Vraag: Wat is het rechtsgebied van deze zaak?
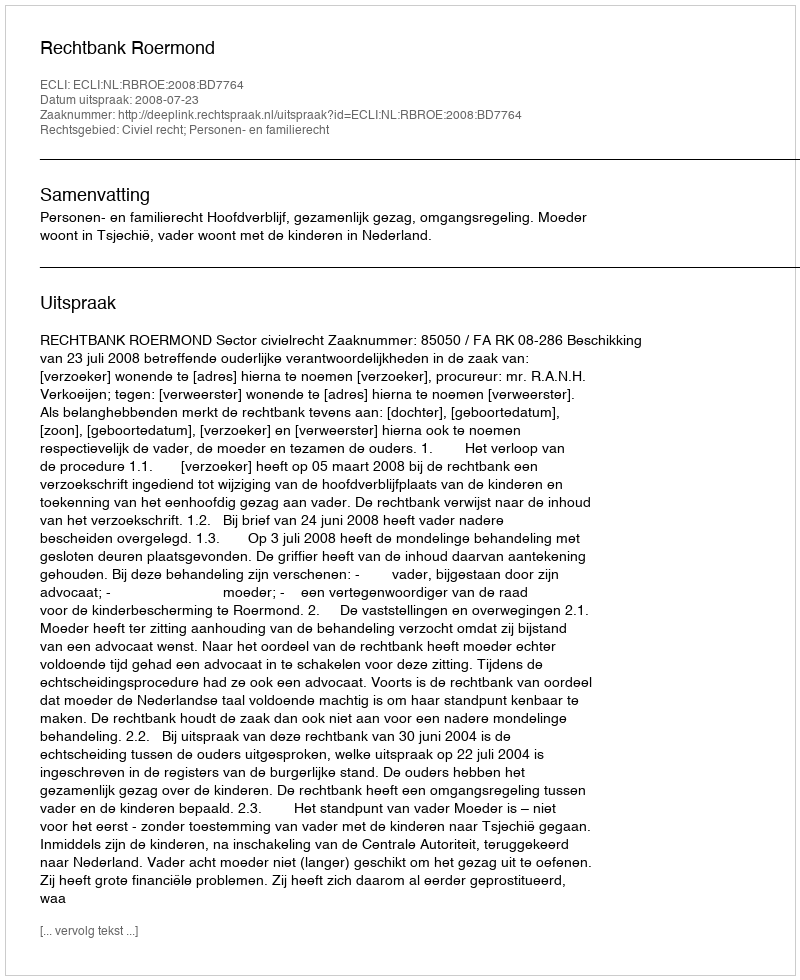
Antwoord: Civiel recht; Personen- en familierecht